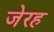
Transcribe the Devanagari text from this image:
जेरह